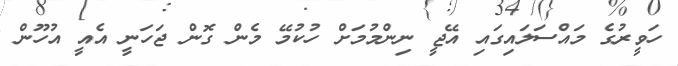
ހަވީރުގެ މައްސަލައިގައި އޭޖީ ނިންމުމަށް ހުކުމޭ މެން ގޮން ޖަހަނީ އެއީ އުހޫން